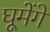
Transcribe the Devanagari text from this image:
घूमेंगे